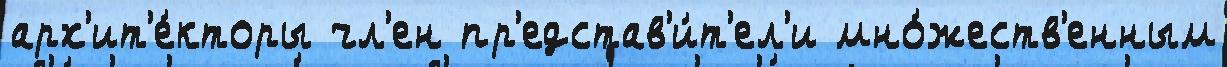
арх'ит'е́кторы чл'ен пр'едстав'и́т'ел'и мно́жеств'енным